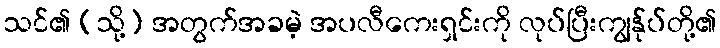
သင်၏ (သို့) အတွက်အခမဲ့ အပလီကေးရှင်းကို လုပ်ပြီးကျွန်ုပ်တို့၏